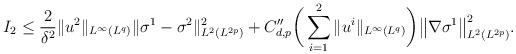
LaTeX: \begin{align*} I_2\leq \frac2{\delta^2}\|u^2\|_{L^\infty(L^q)}\|\sigma^1-\sigma^2\|_{L^2(L^{2p})}^2 + C''_{d,p} \bigg(\sum_{i=1}^2\|u^i\|_{L^\infty(L^q)}\bigg) \big\| \nabla \sigma^1\big\|_{L^2(L^{2p})}^2. \end{align*}